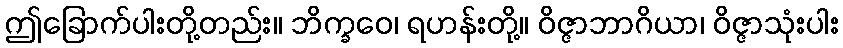
ဤခြောက်ပါးတို့တည်း။ ဘိက္ခဝေ၊ ရဟန်းတို့။ ဝိဇ္ဇာဘာဂိယာ၊ ဝိဇ္ဇာသုံးပါး